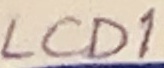
Text: LCD1